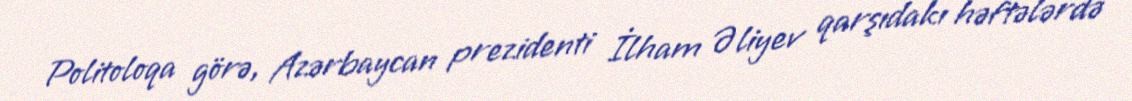
Politoloqa görə, Azərbaycan prezidenti İlham Əliyev qarşıdakı həftələrdə